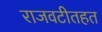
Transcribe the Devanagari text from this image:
राजवटीतहत